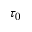
\tau _ { 0 }